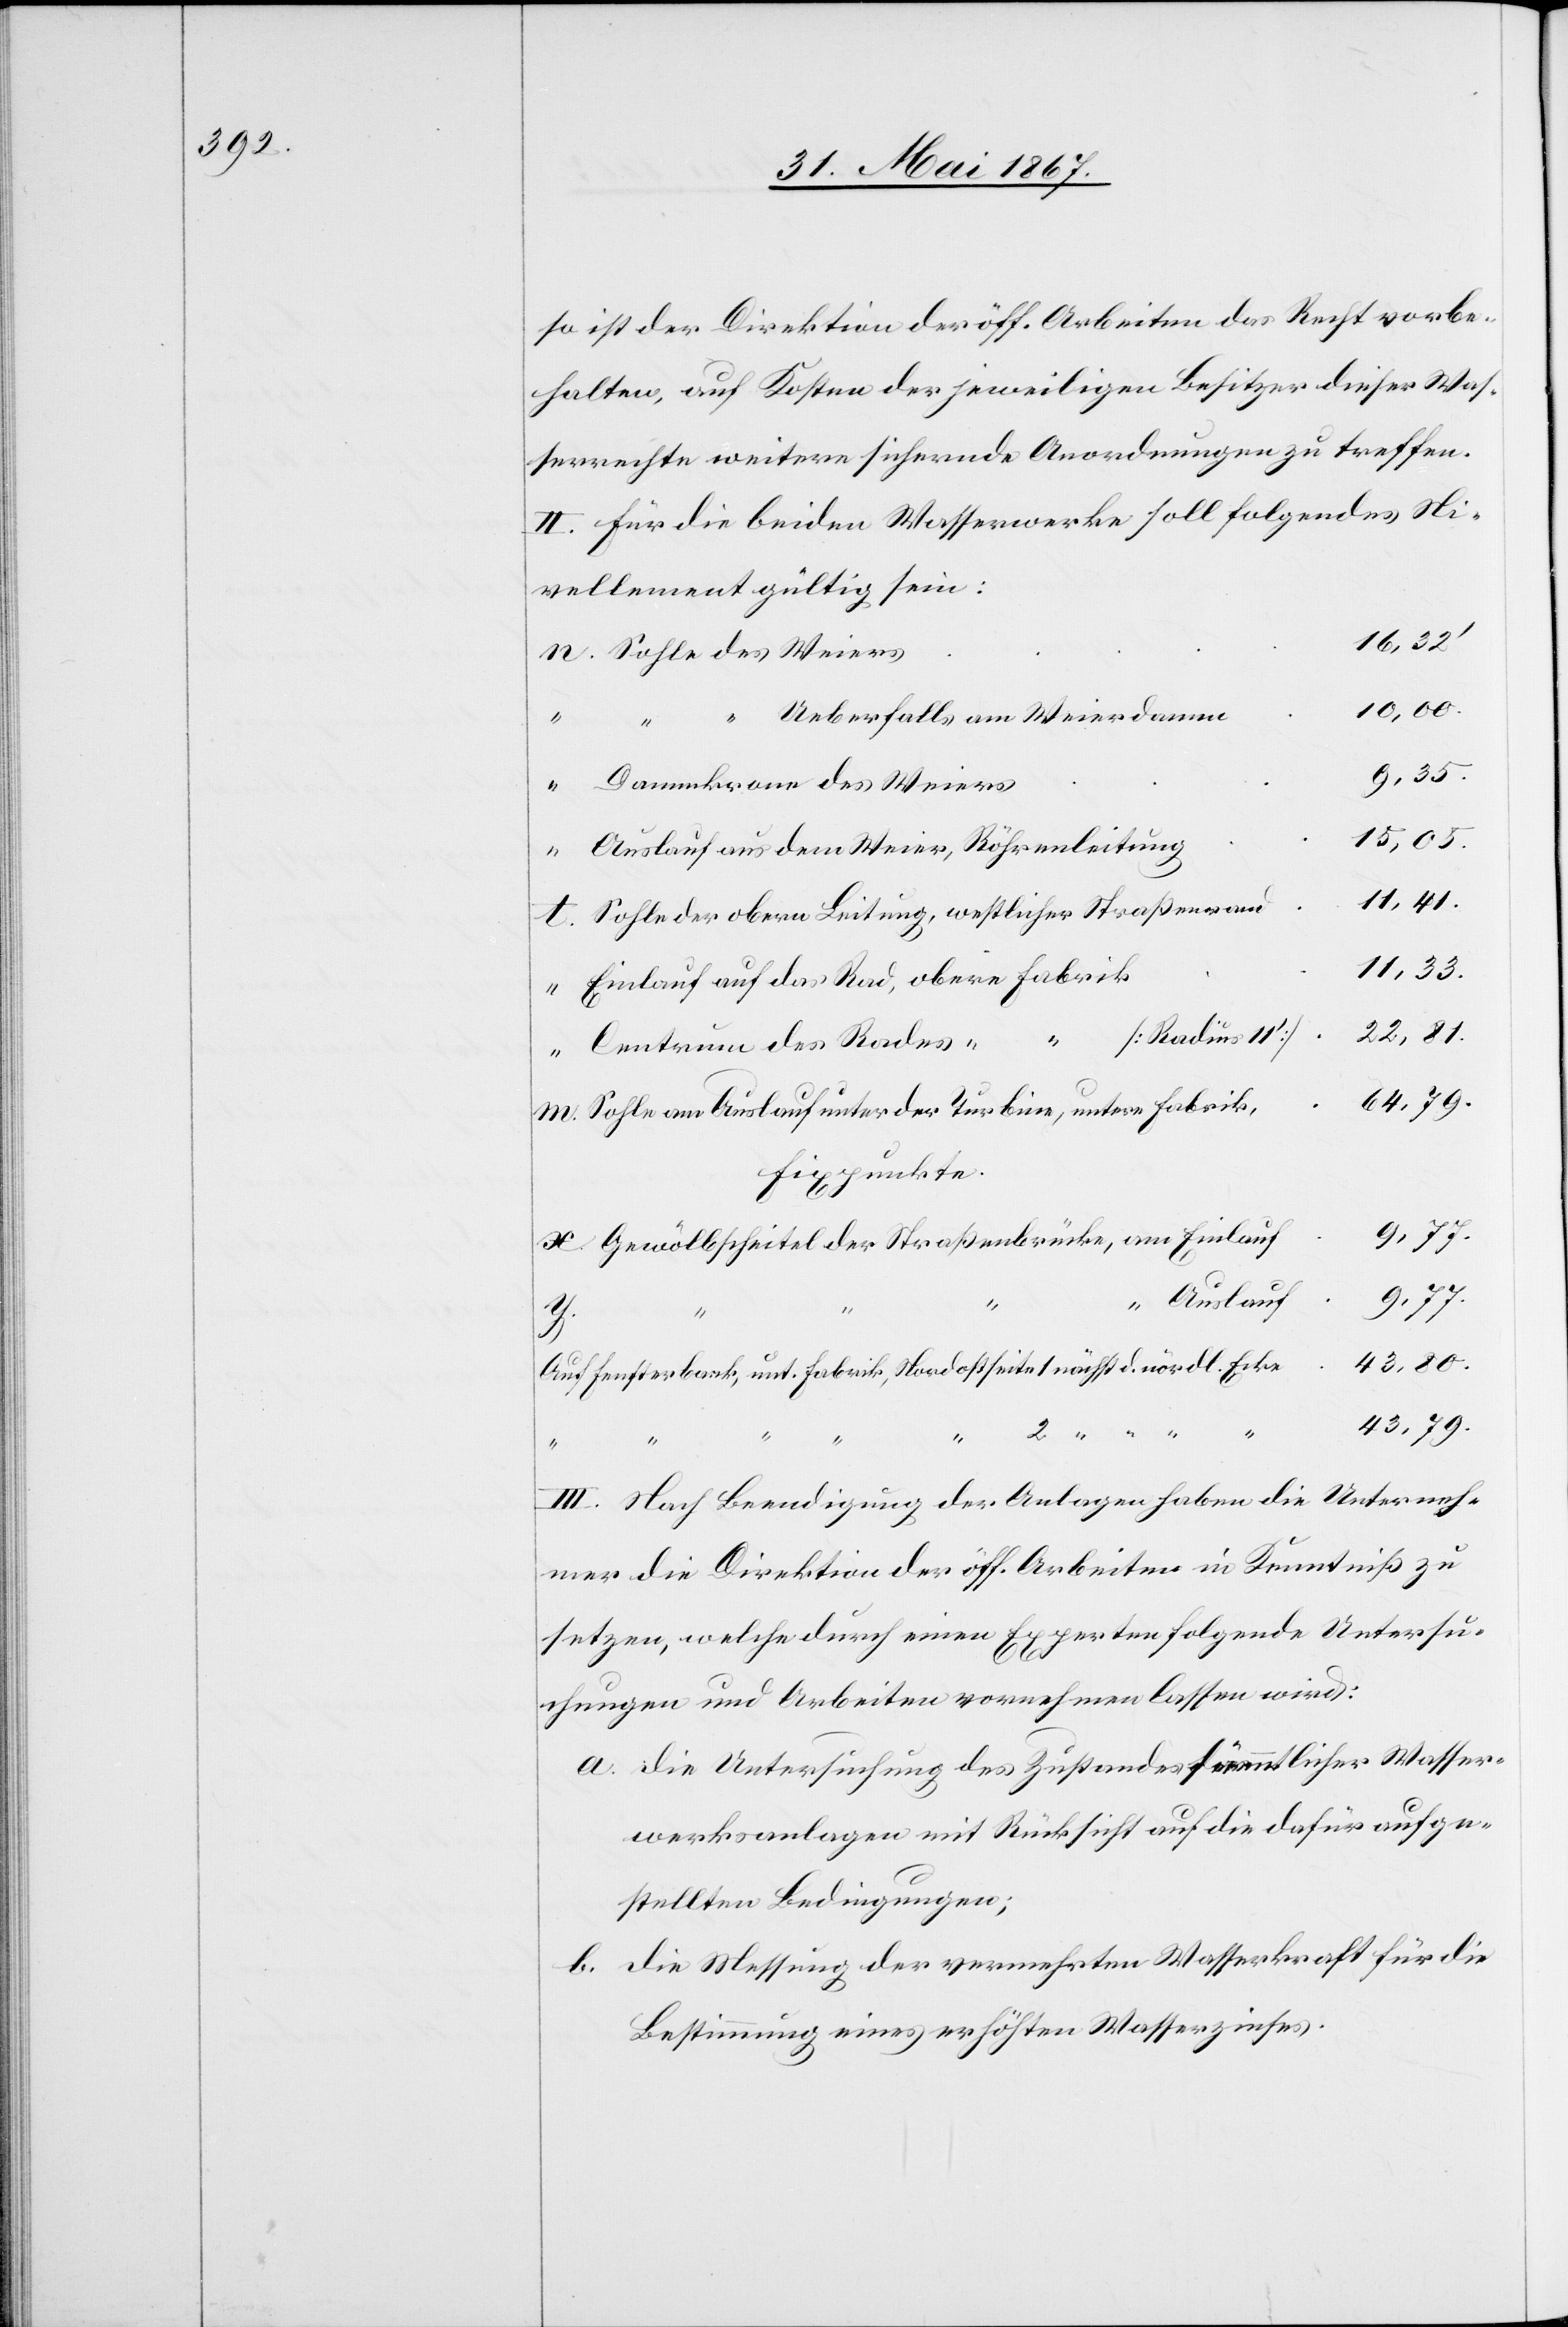
so ist der Direktion der öff. Arbeiten das Recht vorbe¬
halten, auf Kosten der jeweiligen Besitzer dieser Was¬
serrechte weitere sichernde Anordnungen zu treffen.
II. Für die beiden Wasserwerke soll folgendes Ni¬
vellement gültig sein:
16, 32’
Sohle des Weiers
43, 80.
Ueberfalls am Weierdamme
b.	d¬
“
Dammkrone des Weiers
15, 05.
Auslauf aus dem Weier, Röhrenleitung
11, 41.
x.
Sohle der obern Leitung, westlicher Straßenrand
11, 33.
Einlauf auf das Rad, obere Fabrik
22, 81.
[Radius 11’]
Centrum des Rades “
64, 79.
Sohle am Auslauf unter der Turbine, untere Fabrik,
Fixpunkte
Gewölbscheitel der Straßenbrücke, am Einlauf
9, 77.
“ Auslauf
n.
Auf Fensterbank, unt. Fabrik, Nordostseite 1 nächst d. nördl. Ecke
43, 79.
“ “ “ “
III. Nach Beendigung der Anlagen haben die Unterneh¬
mer die Direktion der öff. Arbeiten in Kenntniß zu
setzen, welche durch einen Experten folgende Untersu¬
chungen und Arbeiten vornehmen lassen wird:
a.	die Untersuchung des Zustandes sämmtlicher Wasser¬
werksanlagen mit Rücksicht auf die dafür aufge¬
stellten Bedingungen;
ie Messung der vermehrten Wasserkraft für die
Bestimmung eines erhöhten Wasserzinses.